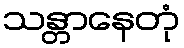
သန္တာနေတုံ